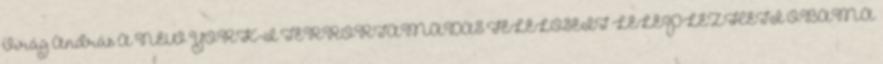
Virág András A NEW YORK-I TERRORTÁMADÁS FELELŐSEIT LELEPLEZHETI OBAMA